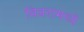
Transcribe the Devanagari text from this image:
विवरांमध्ये